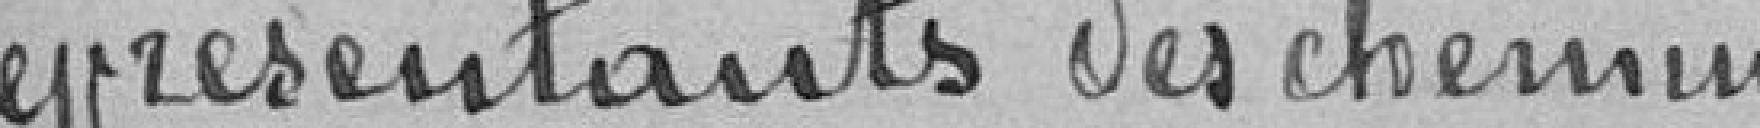
représentants des chemins